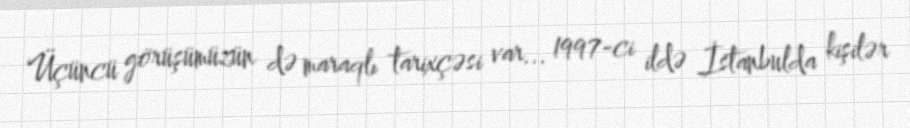
Üçüncü görüşümüzün də maraqlı tarixçəsi var... 1997-ci ildə İstanbulda kişilər